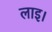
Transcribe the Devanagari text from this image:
लाइ।